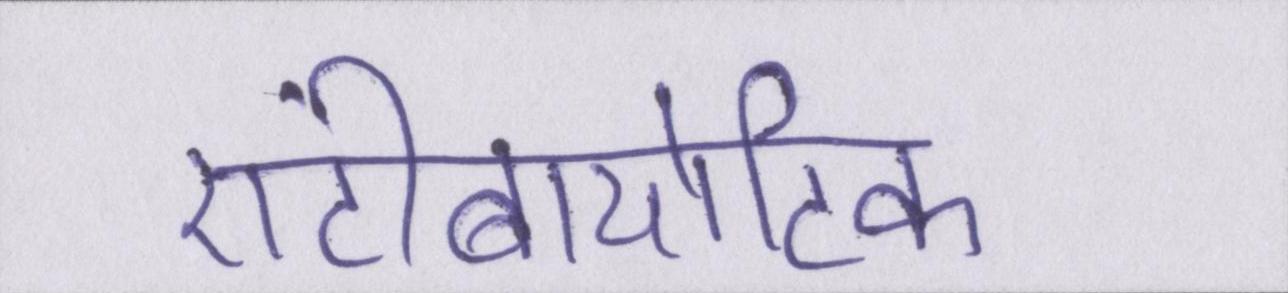
एंटीबायोटिक